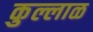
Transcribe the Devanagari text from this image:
कुल्लाळ